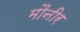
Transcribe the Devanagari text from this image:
मौनीर